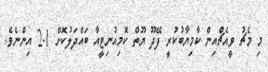
މި މެޗު ވީއެޗްއިން ކާމިޔާބުކުރީ ފޭދޫ ޔޫތް ކޮމިއުނިޓީއާ ބައްދަލުކޮށް 1-2 އިންނެވެ.